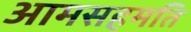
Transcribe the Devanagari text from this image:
आमसहमति